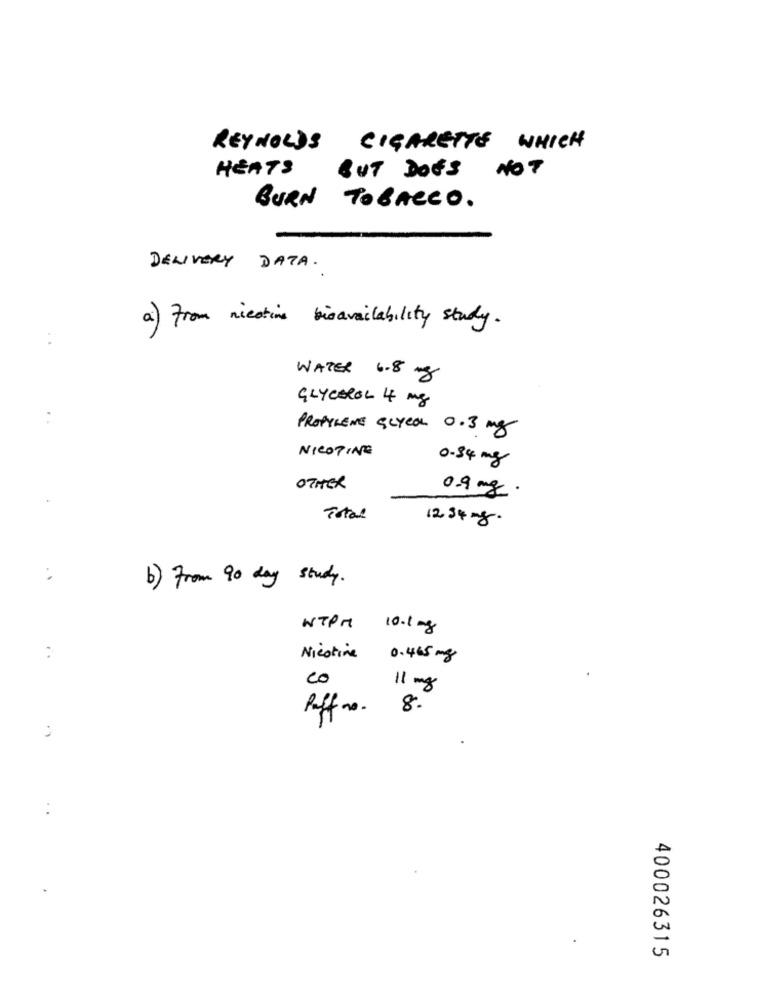
REYNOLDS
CIGARETTE WHICH
HEATS
BUT DOES NOT
BURN
TOBACCO .
DELIVERY DATA.
a) From nicotine bisavailability study.
WATER 6.8 mg
GLYCEROL 4 mg
PROPYLENE GLYCOL 0.3 mg
NICOTINE
0-84 mg
OTHER
0.9 mg.
Total
1234-8.
:
b) From 90 day study.
WTPM
10.1 mg
:
Nicotine
0.465 mg
co
11 mg
Puff no.
8.
:
400026315